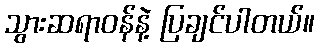
သွားဆရာဝန်နဲ့ ပြချင်ပါတယ်။